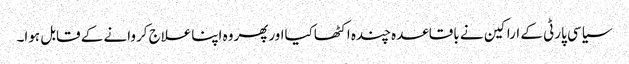
سیاسی پارٹی کے اراکین نے باقاعدہ چندہ اکٹھاکیااورپھروہ اپناعلاج کروانے کے قابل ہوا۔